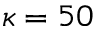
\kappa = 5 0